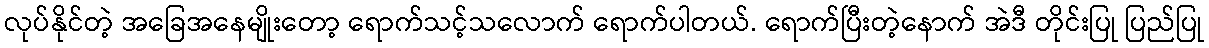
လုပ်နိုင်တဲ့ အခြေအနေမျိုးတော့ ရောက်သင့်သလောက် ရောက်ပါတယ်. ရောက်ပြီးတဲ့နောက် အဲဒီ တိုင်းပြု ပြည်ပြု